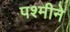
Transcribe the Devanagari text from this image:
पश्मीने